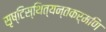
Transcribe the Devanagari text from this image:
सृष्टिस्थित्यन्तकर्मणि